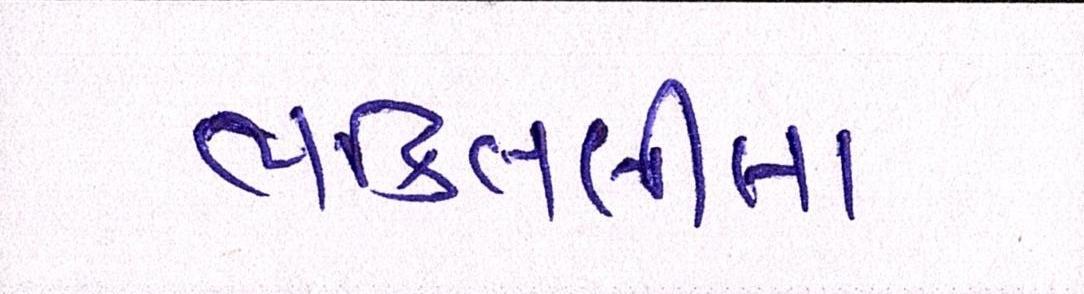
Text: ભક્તિલીલા